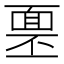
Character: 𩈓